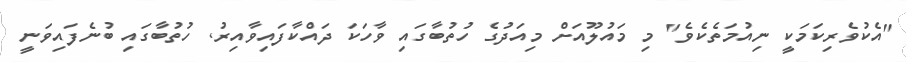
"އެކުވެރިކަމަކީ ނިއުމަތެކެވެ" މި މައުލޫއަށް މިއަދުގެ ހުތުބާގައި ވާހަކަ ދައްކާފައިވާއިރު